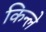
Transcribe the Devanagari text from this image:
किन्ले